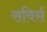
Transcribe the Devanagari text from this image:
सविर्स